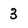
Character: 3